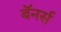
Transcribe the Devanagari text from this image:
बॅनर्स